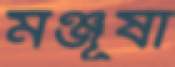
মঞ্জূষা